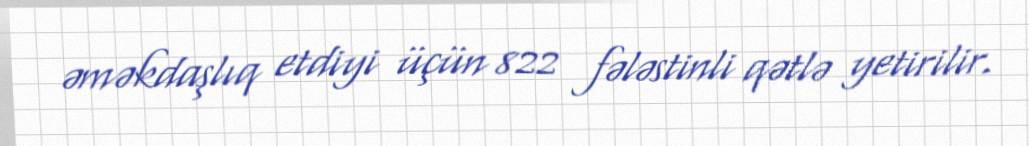
əməkdaşlıq etdiyi üçün 822 fələstinli qətlə yetirilir.